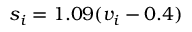
s _ { i } = 1 . 0 9 ( v _ { i } - 0 . 4 ) \